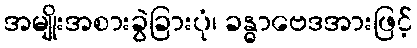
အမျိုးအစားခွဲခြားပုံ၊ ခန္ဓာဗေဒအားဖြင့်